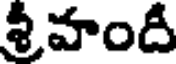
శ్రీహందీ